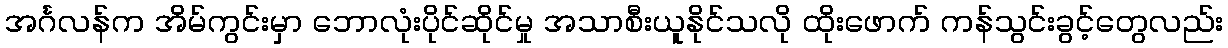
အင်္ဂလန်က အိမ်ကွင်းမှာ ဘောလုံးပိုင်ဆိုင်မှု အသာစီးယူနိုင်သလို ထိုးဖောက် ကန်သွင်းခွင့်တွေလည်း